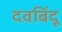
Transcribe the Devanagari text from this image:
दवबिंदू